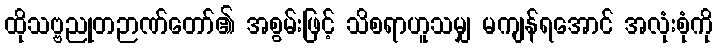
ထိုသဗ္ဗညုတဉာဏ်တော်၏ အစွမ်းဖြင့် သိစရာဟူသမျှ မကျန်ရအောင် အလုံးစုံကို